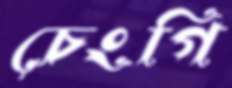
চেংগি